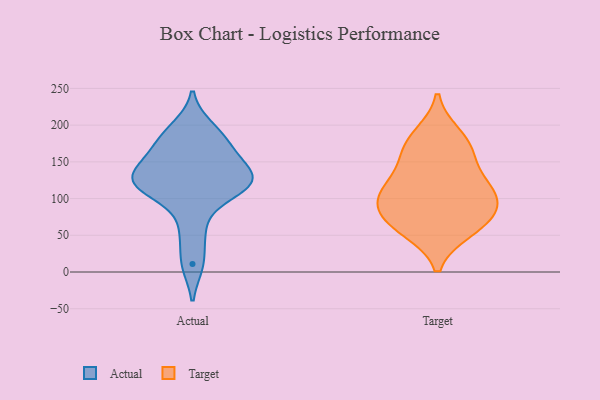
{"axis": {"x": "Revenue (USD Million)", "y": "Value"}, "legend": ["Actual", "Target"], "data": [{"x": "", "y": 11, "type": "Actual"}, {"x": "", "y": 196, "type": "Actual"}, {"x": "", "y": 127, "type": "Actual"}, {"x": "", "y": 179, "type": "Actual"}, {"x": "", "y": 124, "type": "Actual"}, {"x": "", "y": 113, "type": "Actual"}, {"x": "", "y": 127, "type": "Actual"}, {"x": "", "y": 106, "type": "Actual"}, {"x": "", "y": 57, "type": "Actual"}, {"x": "", "y": 171, "type": "Actual"}, {"x": "", "y": 133, "type": "Actual"}, {"x": "", "y": 152, "type": "Actual"}, {"x": "", "y": 68, "type": "Target"}, {"x": "", "y": 98, "type": "Target"}, {"x": "", "y": 166, "type": "Target"}, {"x": "", "y": 58, "type": "Target"}, {"x": "", "y": 105, "type": "Target"}, {"x": "", "y": 116, "type": "Target"}, {"x": "", "y": 165, "type": "Target"}, {"x": "", "y": 124, "type": "Target"}, {"x": "", "y": 66, "type": "Target"}, {"x": "", "y": 89, "type": "Target"}, {"x": "", "y": 185, "type": "Target"}]}